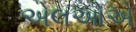
એલઓએ